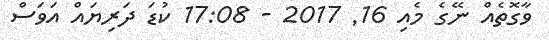
ވާގޮތެއް ނޭގެ މެއި 16